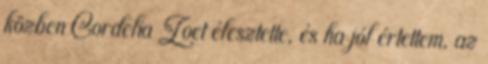
közben Cordelia Zoet élesztette, és ha jól értettem, az